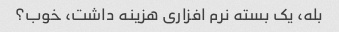
بله، یک بسته نرم افزاری هزینه داشت، خوب؟